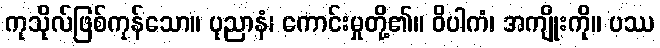
ကုသိုလ်ဖြစ်ကုန်သော။ ပုညာနံ၊ ကောင်းမှုတို့၏။ ဝိပါကံ၊ အကျိုးကို။ ပဿ